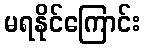
မရနိုင်ကြောင်း